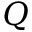
Q